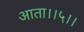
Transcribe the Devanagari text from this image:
आता।।५।।